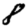
Digit: 8